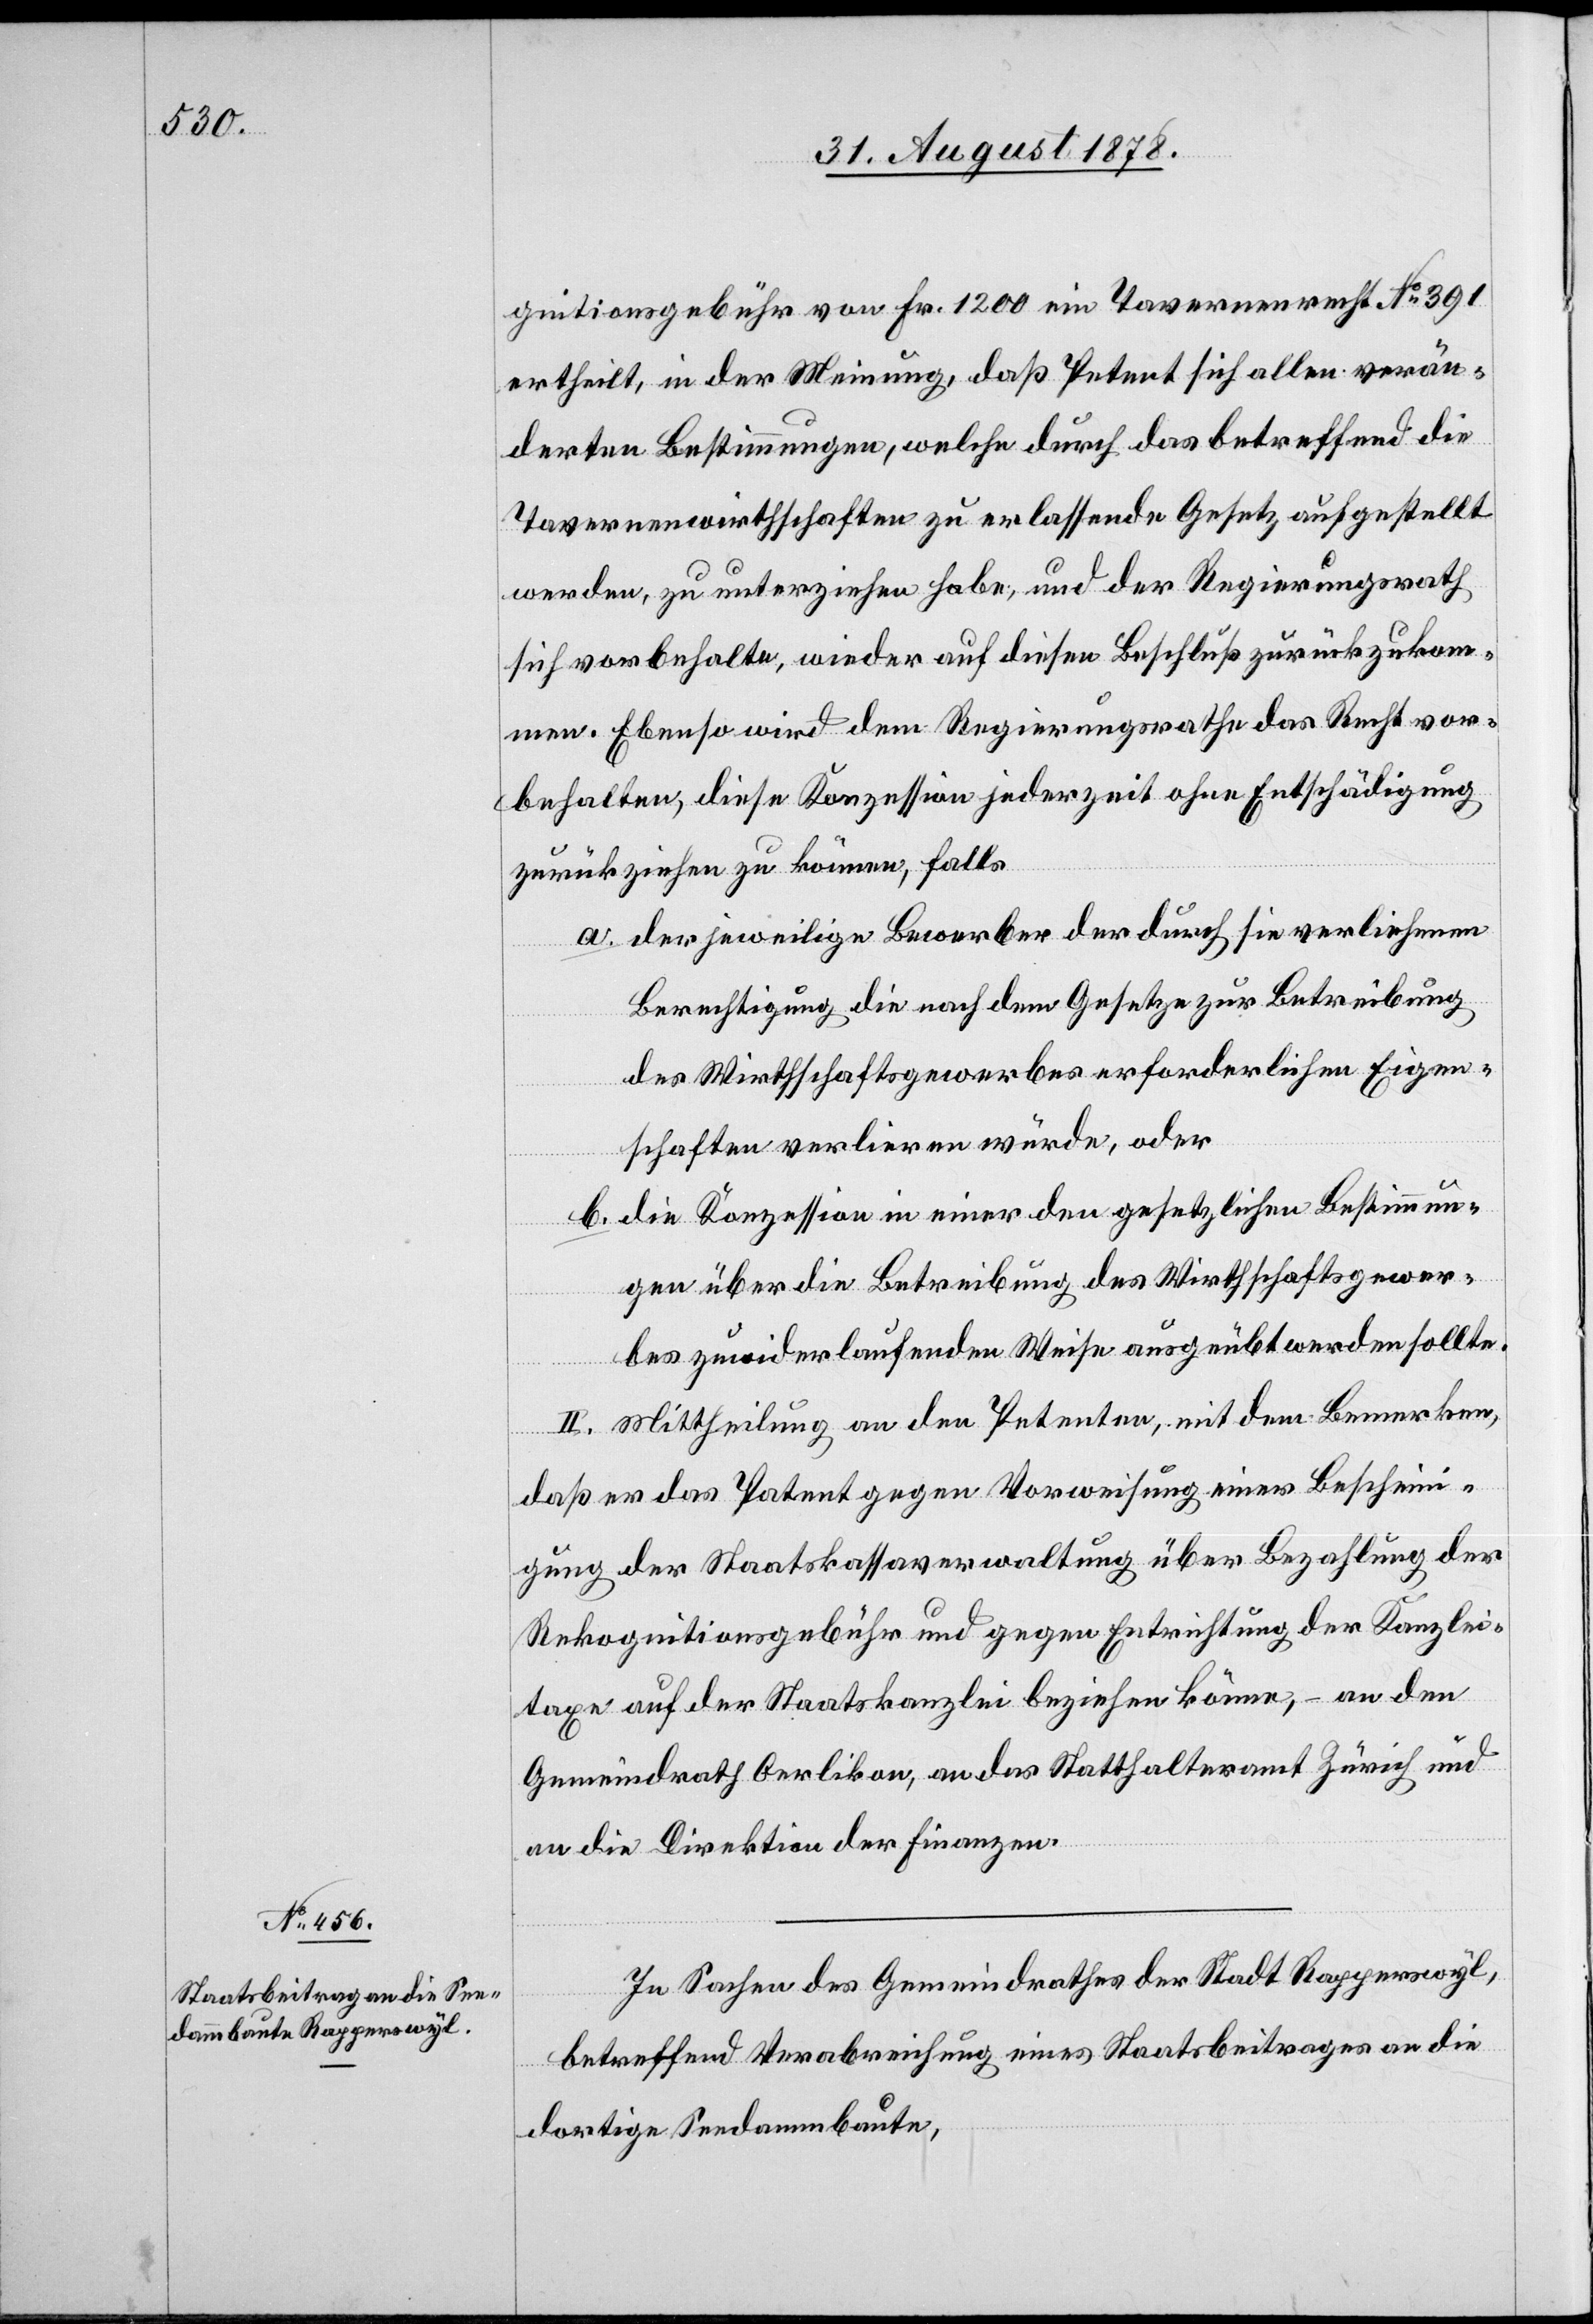
kognitionsgebühr von Fr. 1200 das Tavernenrecht No 391
ertheilt, in der Meinung, daß Petent sich allen verän¬
derten Bestimmungen, welche durch das betreffend die
Tavernenwirthschaften zu erlassende Gesetz aufgestellt
werden, zu unterziehen habe, und der Regierungsrath
sich vorbehalte, wieder auf diesen Beschluß zurückzukommen.
Ebenso wird dem Regierungsrathe das Recht vor¬
behalten, diese Konzession jederzeit ohne Entschädigung
zurückziehen zu können, falls
der jeweilige Bewerber der durch sie verliehenen
Berechtigung die nach dem Gesetze zur Betreibung
des Wirthschaftsgewerbes erforderlichen Eigen¬
schaften verlieren würde, oder
die Konzession in einer den gesetzlichen Bestimmun¬
gen über die Betreibung des Wirthschaftsgewer¬
bes zuwiderlaufenden Weise ausgeübt werden sollte.
II. Mittheilung an den Petenten, mit dem Bemerken,
daß er das Patent gegen Vorweisung einer Beschein¬
igung der Staatskassaverwaltung über Bezahlung der
Rekognitionsgebühr und gegen Entrichtung der Kanzlei¬
taxe auf der Staatskanzlei beziehen könne, – an den
Gemeindrath Oerlikon, an das Statthalteramt Zürich &
an die Direktion der Finanzen.
In Sachen des Gemeindrathes der Stadt Rapperswyl,
betreffend Verabreichung eines Staatsbeitrages an die
dortige Seedammbaute,